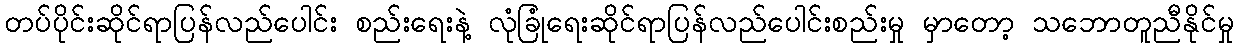
တပ်ပိုင်းဆိုင်ရာပြန်လည်ပေါင်း စည်းရေးနဲ့ လုံခြုံရေးဆိုင်ရာပြန်လည်ပေါင်းစည်းမှု မှာတော့ သဘောတူညီနိုင်မှု